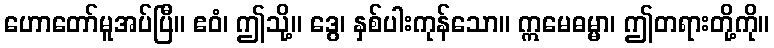
ဟောတော်မူအပ်ပြီ။ ဧဝံ၊ ဤသို့။ ဒွေ၊ နှစ်ပါးကုန်သော။ ဣမေဓမ္မာ၊ ဤတရားတို့ကို။